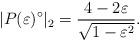
LaTeX: \begin{align*}|P(\varepsilon)^{\circ}|_2=\frac{4-2\varepsilon}{\sqrt{1-\varepsilon^2}}.\end{align*}